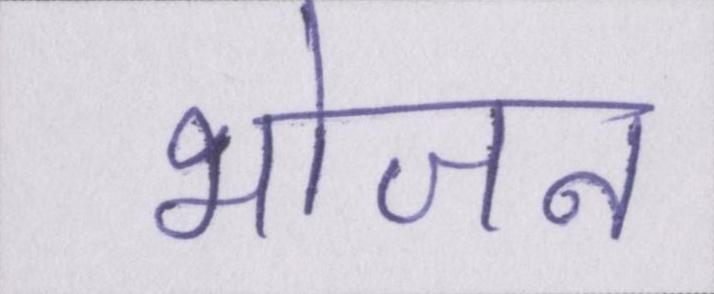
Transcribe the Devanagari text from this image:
भोजन